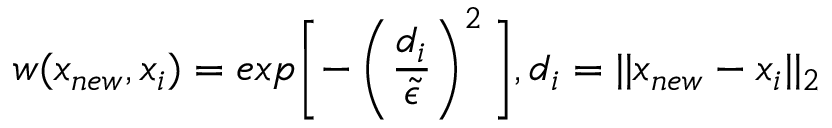
w ( x _ { n e w } , x _ { i } ) = e x p \bigg [ { - \left( \frac { d _ { i } } { \tilde { \epsilon } } \right) ^ { 2 } \bigg ] } , d _ { i } = | | x _ { n e w } - x _ { i } | | _ { 2 }